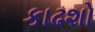
કાઢશો